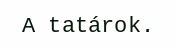
A tatárok.